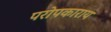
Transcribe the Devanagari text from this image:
परोपकाराय